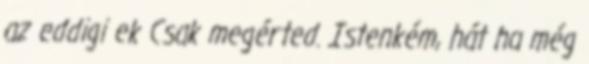
az eddigi ek Csak megérted. Istenkém, hát ha még